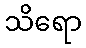
သိရော